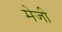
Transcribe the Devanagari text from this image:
मेजी